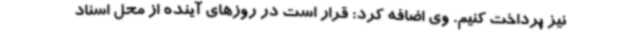
نیز پرداخت کنیم. وی اضافه کرد: قرار است در روزهای آینده از محل اسناد